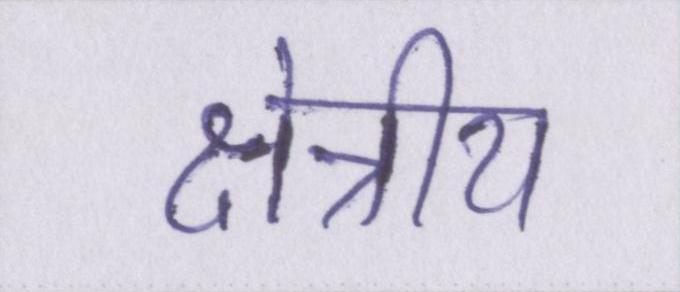
क्षेत्रीय